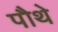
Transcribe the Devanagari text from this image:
पौथे